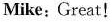
Mike:Great!